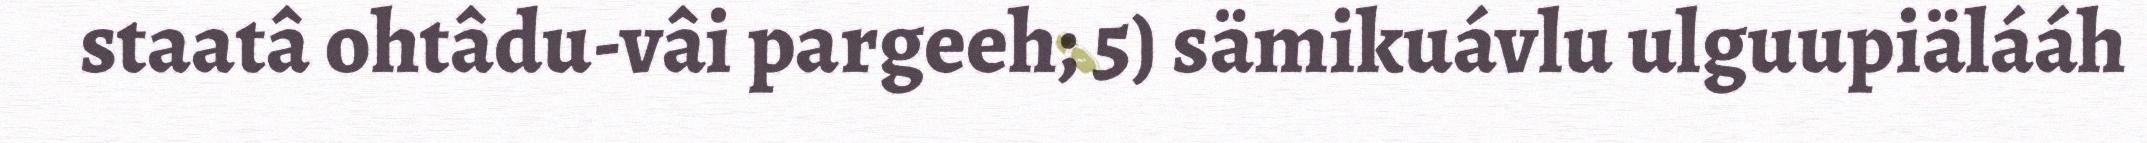
staatâ ohtâdu-vâi pargeeh; 5) sämikuávlu ulguupiälááh